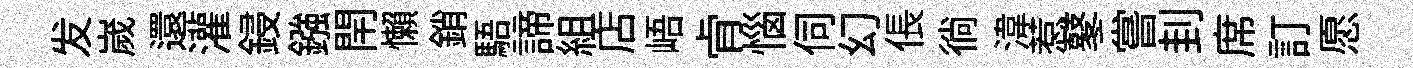
发嵗還灌鋟鏹閈懶銷䮏諦組店峿肻惱伺幻倀徜湋惹鼕嘗刲席訂愿